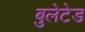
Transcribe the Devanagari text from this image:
बुलेटेड